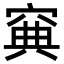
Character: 𥦟